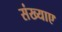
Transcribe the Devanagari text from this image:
संख्याए